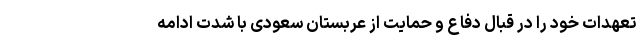
تعهدات خود را در قبال دفاع و حمایت از عربستان سعودی با شدت ادامه